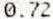
0.72